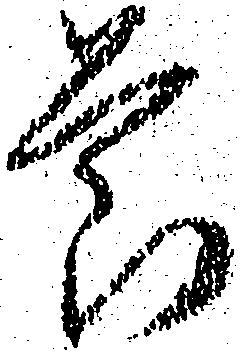
節